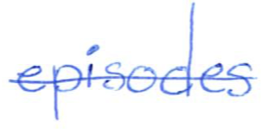
Text: episodes
Cross-out: single-line
Writing tool: ballpoint